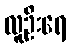
လူဦးရေ